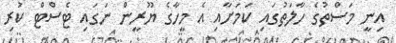
އިނީ މަސްތުގެ ހާލަތުގައި ކަމަށާއި އެ މީހާގެ ޔޫރީން ނަގައި ޓެސްޓް ކުރި